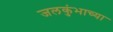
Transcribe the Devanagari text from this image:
जलकुंभाच्या